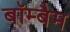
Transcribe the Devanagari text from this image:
बॉम्बैम